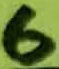
Text: 6